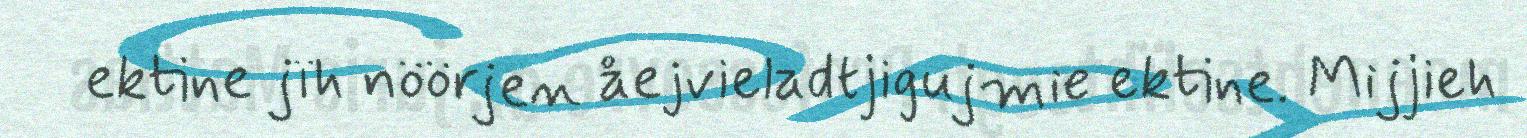
ektine jïh nöörjen åejvieladtjigujmie ektine. Mijjieh